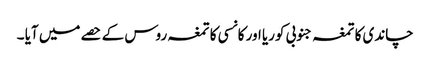
چاندی کا تمغہ جنوبی کوریا اور کانسی کا تمغہ روس کے حصے میں آیا ۔